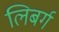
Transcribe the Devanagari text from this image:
लिबर्ग